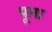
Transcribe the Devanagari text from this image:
पूम़ा